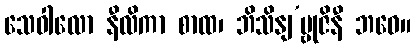
သေဝါလော နီလိကာ စာထ၊ ဘိသိနျ’မ္ဗုဇိနီ ဘဝေ။